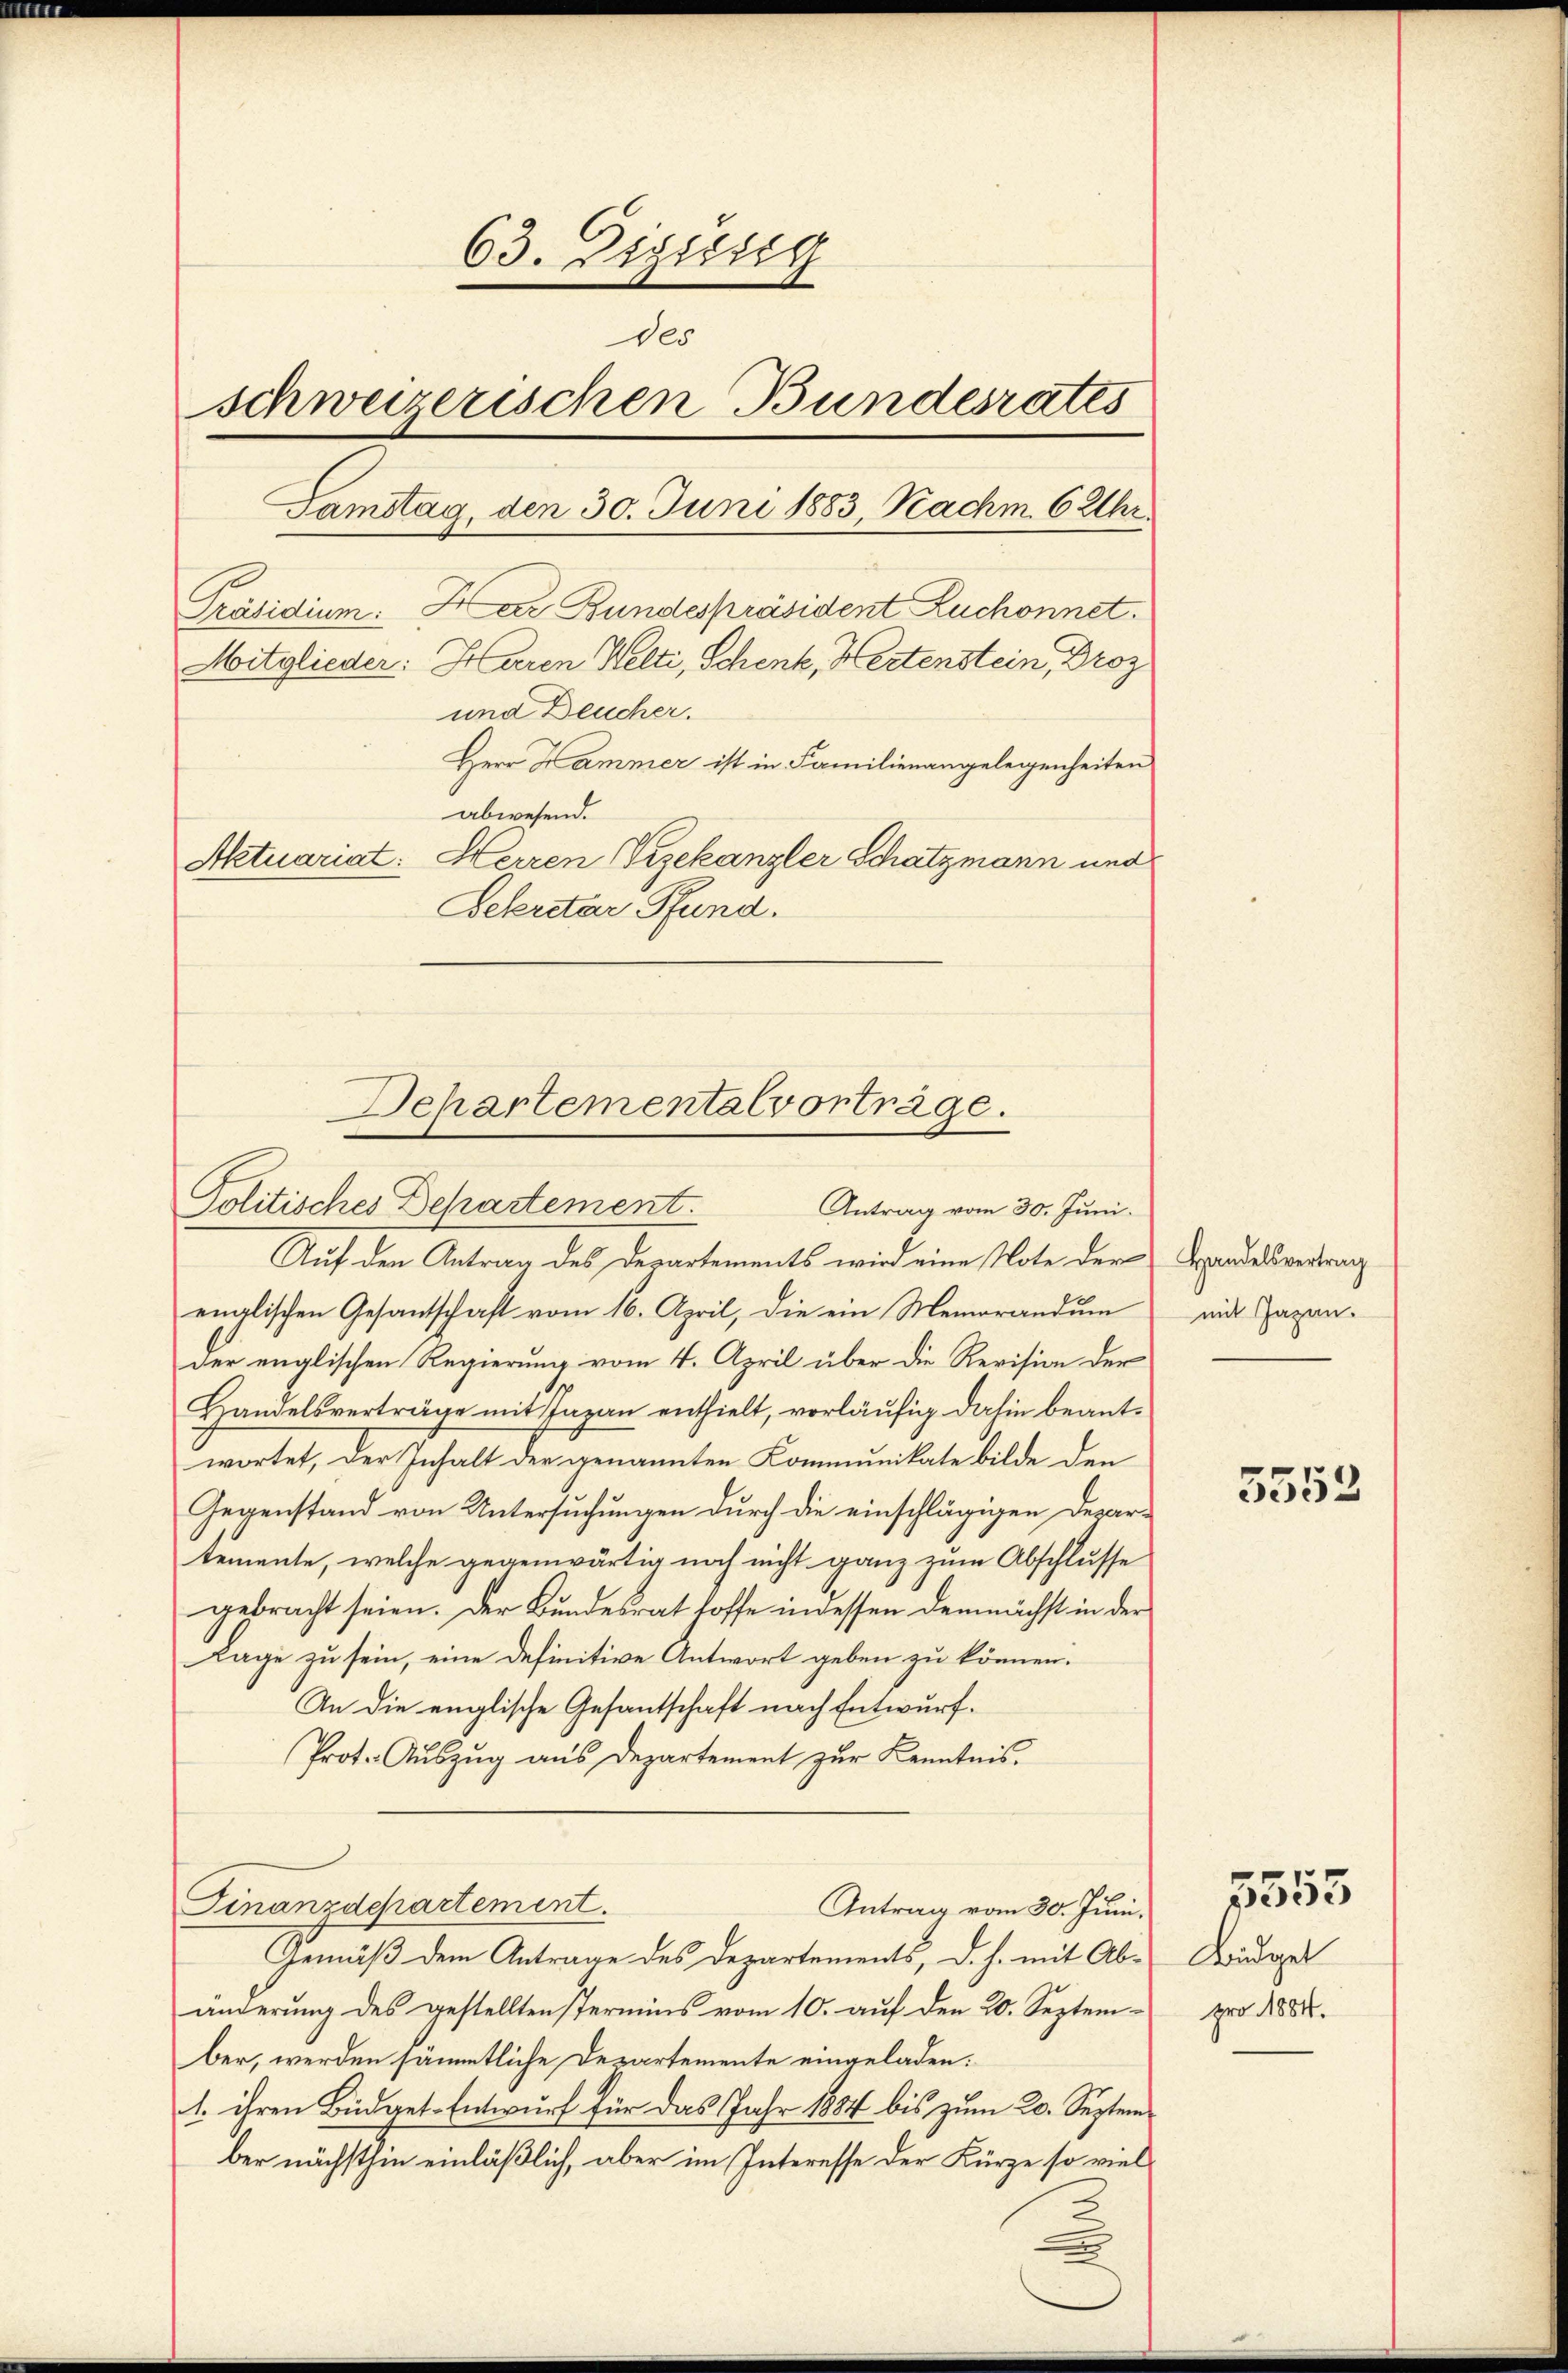
63. Diesig
des
schweizerischen Bundesrates
Samstag, den 30. Juni 1883, Nachm 6 Uhr.
Präsidium. Der Bundespräsident Ruchonnet.
Mitglieder: Heren Welti, Schenk, Hertenstein, Proz
und Deucher.
Herr Kammer ist in Familienangelegenheiten
abwesend.
Aktuariat: Herren Vizekanzler Schatzmann und
Dekretar Pfund.

Departementalvorträge.
Politisches Departement.
Antrag vom 30. Juni.

Auf den Antrag des Departements wird eine Note der Handesvertrag
englischen Gesandtschaft vom 16. April, die ein Memorandum
der englischen Regierung vom 4. April über die Revision der
Handelsverträge mit Japan enthielt, vorläufig dahin beantwortet, der Inhalt der genannten Kommunikate bilde den
Gegenstand von Untersuchungen durch die einschlägigen Departemente, welche gegenwärtig noch nicht ganz zum Abschlusse
gebracht seien. Der Bundesrat hoffe in dessen demnächst in der
Lage zu sein, eine Definitive Antwort geben zu können.
In die englische Gesantschaft nach Entwurf.
Prot. Aŭszŭg aŭs Departement zŭr Kenntnis.
Finanzdepartement.
Antrag vom 30. Juni.
Gemäß dem Antrage des Departements, d. h. mit Abänderung des gestellten Permins vom 10. auf den 20. Septem-
ber, werden sämmtliche Departemente eingeladen.
1. ihren Büdget-Entwurf für das Jahr 1884 bis zum 20. September nächsthin einläßlich, aber im Interesse der Kürze so viel

mit Jagen.

5553

Büdget
pro 1884.

1555.